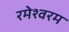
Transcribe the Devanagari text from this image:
रमेश्वरम